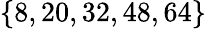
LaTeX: \{ 8,20,32,48,64\}